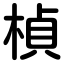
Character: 楨